Source: Handwritten
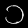
Digit: ၁ (1)